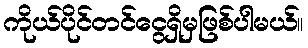
ကိုယ်ပိုင်တင်ငွေရှိမှဖြစ်ပါမယ်။